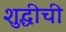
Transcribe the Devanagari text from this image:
शुद्धीची